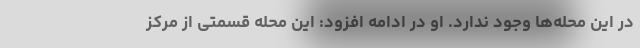
در این محله‌ها وجود ندارد. او در ادامه افزود: این محله قسمتی از مرکز